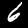
Label: 6